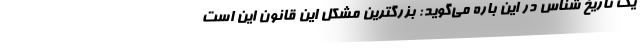
یک تاریخ شناس در این باره می‌گوید: بزرگترین مشکل این قانون این است